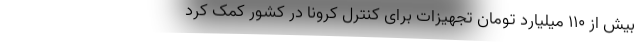
بیش از ۱۱۰ میلیارد تومان تجهیزات برای کنترل کرونا در کشور کمک کرد